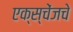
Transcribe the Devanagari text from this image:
एक्स्चेंजचे